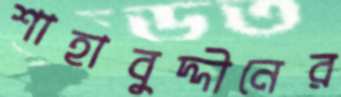
শাহাবুদ্দীনের